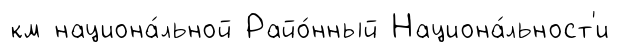
км национа́льной Райо́нный Национа́льност'и